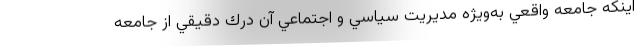
اينكه جامعه واقعي به‌ويژه مديريت سياسي و اجتماعي آن درك دقيقي از جامعه